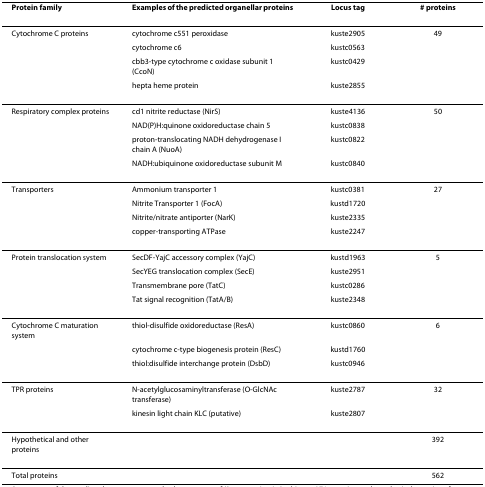
<table><thead><tr><td><b>Protein family</b></td><td><b>Examples of the predicted organellar proteins</b></td><td><b>Locus tag</b></td><td><b># proteins</b></td></tr></thead><tbody><tr><td>Cytochrome C proteins</td><td>cytochrome c551 peroxidase</td><td>kuste2905</td><td>49</td></tr><tr><td></td><td>cytochrome c6</td><td>kustc0563</td><td></td></tr><tr><td></td><td>cbb3-type cytochrome c oxidase subunit 1 (CcoN)</td><td>kustc0429</td><td></td></tr><tr><td></td><td>hepta heme protein</td><td>kuste2855</td><td></td></tr><tr><td>Respiratory complex proteins</td><td>cd1 nitrite reductase (NirS)</td><td>kuste4136</td><td>50</td></tr><tr><td></td><td>NAD(P)H:quinone oxidoreductase chain 5</td><td>kustc0838</td><td></td></tr><tr><td></td><td>proton-translocating NADH dehydrogenase I chain A (NuoA)</td><td>kustc0822</td><td></td></tr><tr><td></td><td>NADH:ubiquinone oxidoreductase subunit M</td><td>kustc0840</td><td></td></tr><tr><td>Transporters</td><td>Ammonium transporter 1</td><td>kustc0381</td><td>27</td></tr><tr><td></td><td>Nitrite Transporter 1 (FocA)</td><td>kustd1720</td><td></td></tr><tr><td></td><td>Nitrite/nitrate antiporter (NarK)</td><td>kuste2335</td><td></td></tr><tr><td></td><td>copper-transporting ATPase</td><td>kuste2247</td><td></td></tr><tr><td>Protein translocation system</td><td>SecDF-YajC accessory complex (YajC)</td><td>kustd1963</td><td>5</td></tr><tr><td></td><td>SecYEG translocation complex (SecE)</td><td>kuste2951</td><td></td></tr><tr><td></td><td>Transmembrane pore (TatC)</td><td>kustc0286</td><td></td></tr><tr><td></td><td>Tat signal recognition (TatA/B)</td><td>kuste2348</td><td></td></tr><tr><td>Cytochrome C maturation system</td><td>thiol-disulfide oxidoreductase (ResA)</td><td>kustc0860</td><td>6</td></tr><tr><td></td><td>cytochrome c-type biogenesis protein (ResC)</td><td>kustd1760</td><td></td></tr><tr><td></td><td>thiol:disulfide interchange protein (DsbD)</td><td>kustc0946</td><td></td></tr><tr><td>TPR proteins</td><td>N-acetylglucosaminyltransferase (O-GlcNAc transferase)</td><td>kuste2787</td><td>32</td></tr><tr><td></td><td>kinesin light chain KLC (putative)</td><td>kuste2807</td><td></td></tr><tr><td>Hypothetical and other proteins</td><td></td><td></td><td>392</td></tr><tr><td>Total proteins</td><td></td><td></td><td>562</td></tr></tbody></table>